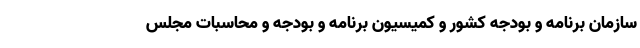
سازمان برنامه و بودجه کشور و کمیسیون برنامه و بودجه و محاسبات مجلس